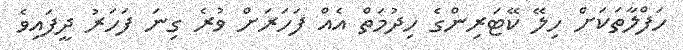
ހަފްލާތަކަށް ހިލޭ ކޭޓަރިންގެ ހިދުމަތް އެއް ފަހަރަށް ވުރެ ގިނަ ފަހަރު ދީފައިވެ